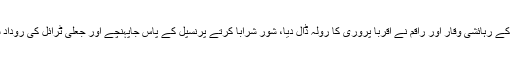
ریڑاں کے رہائشی وقار اور راقم نے اقربا پروری کا رولہ ڈال دیا، شور شرابا کرتے پرنسپل کے پاس جاپہنچے اور جعلی ٹرائل کی روداد سنائی۔